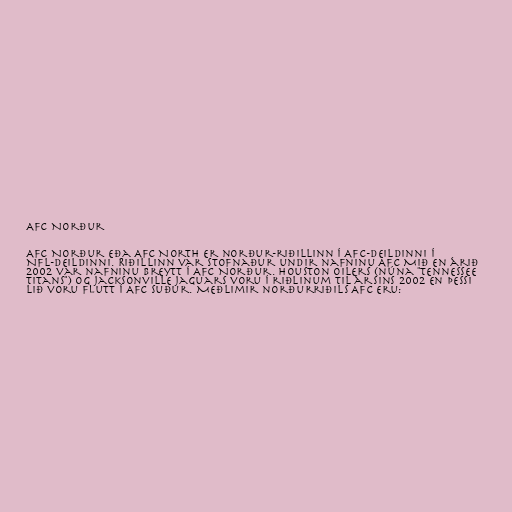
AFC Norður

AFC Norður eða AFC North er norður-riðillinn í AFC-deildinni í
NFL-deildinni. Riðillinn var stofnaður undir nafninu AFC Mið en árið
2002 var nafninu breytt í AFC Norður. Houston Oilers (núna "Tennessee
Titans") og Jacksonville Jaguars voru í riðlinum til ársins 2002 en þessi
lið voru flutt í AFC Suður. Meðlimir norðurriðils AFC eru: